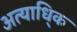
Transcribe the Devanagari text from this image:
अत्याधि्क